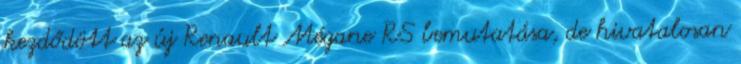
kezdődött az új Renault Mégane RS bemutatása, de hivatalosan